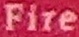
Fire